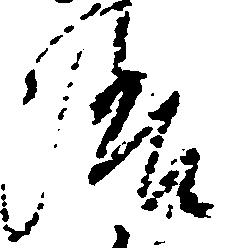
洛